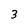
Character: 3